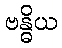
ဗန္ဓိယ